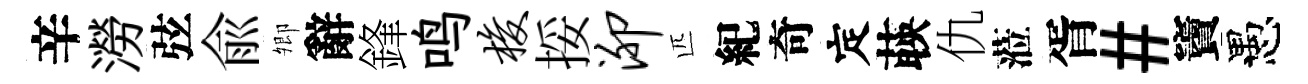
辛澇弦兪𡖖辭鋒鸣梭挼泖匹紀奇定𦴤仇蒞胥#竇愚